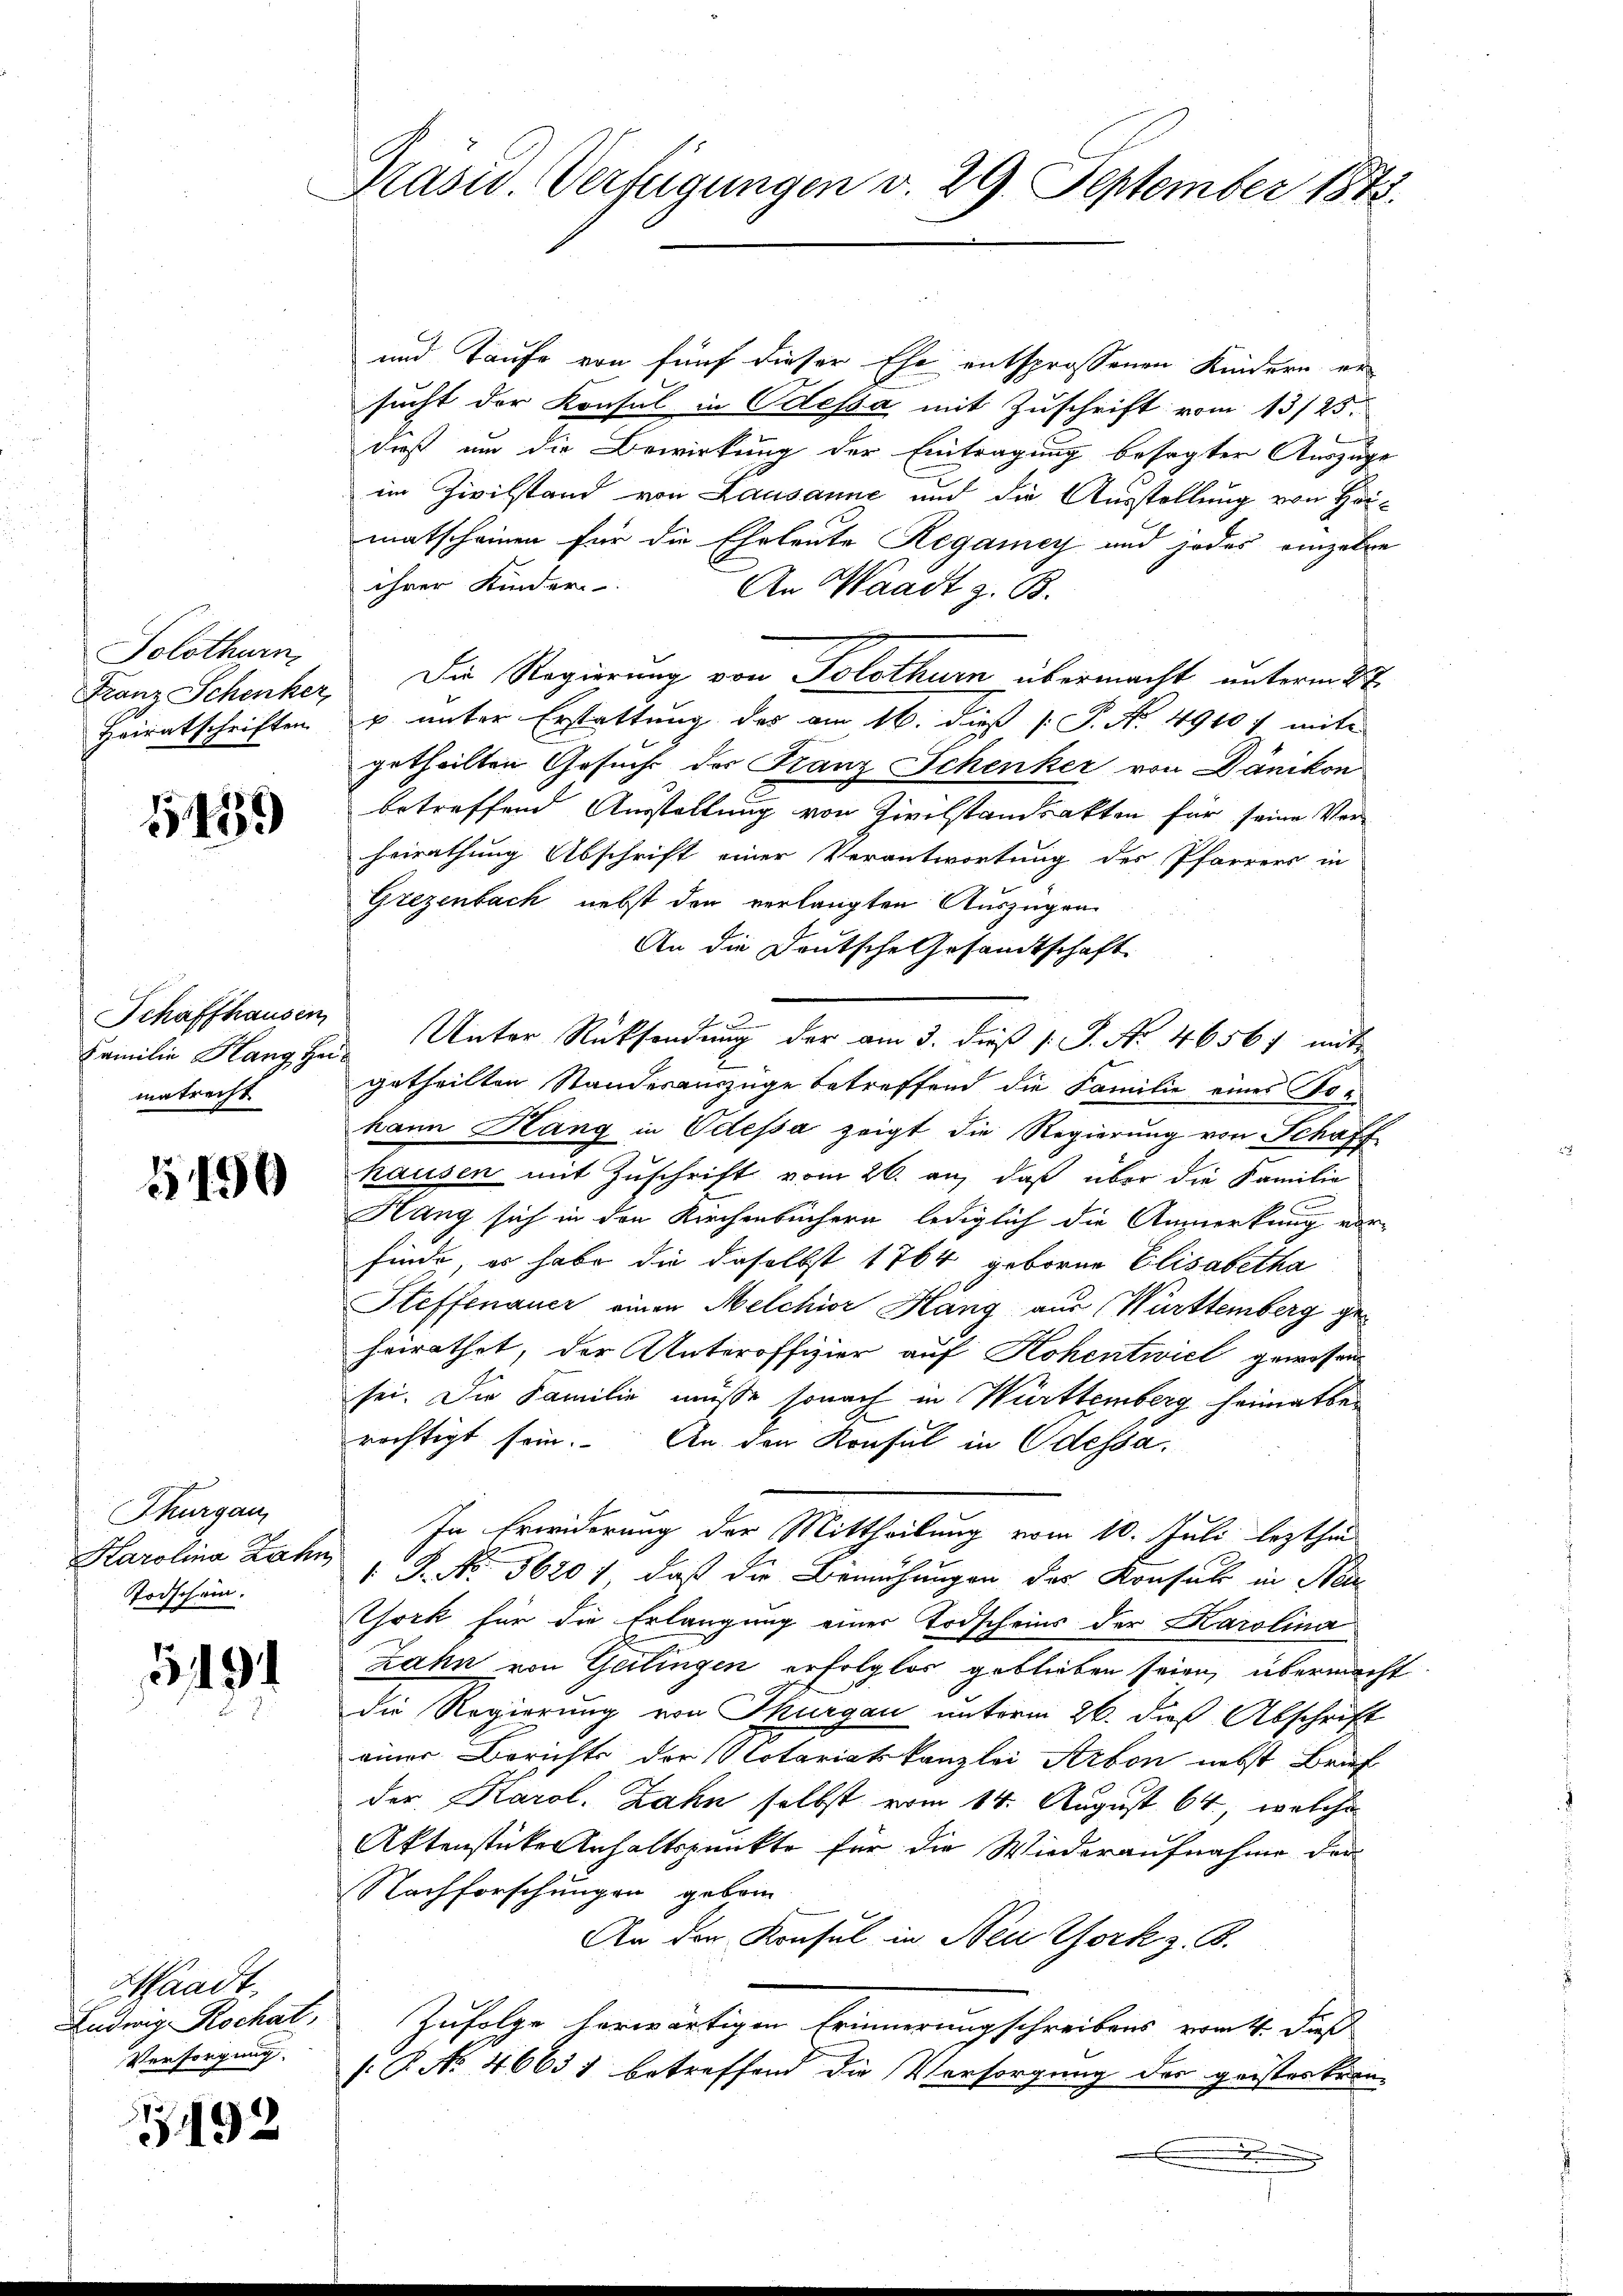
Solothurn
Heiratschriften

5439

Schaffhausen
matrecht

1196

Thurgau,
Karolina Zahn
Todschein.

5194

Waadt.
Ludwig Rochat,
Versorgung

492

Präsid.. Verfügungen v. 29. September 1873.

und Taufe von fünf dieser Ehe entsprossenen Kindern er
sucht der Konsul in Odessa mit Zuschrift vom 13/25.
dieß um die Bewirkung der Eintragung besagter Auszuge
im Zivilstand von Lausanne und die Ausstellung von Hanmatscheinen für die Eheleute Regamey und jedes einzelre
ihrer Kinder
An Waadt z. B.
Franz Schenker, Die Regierung von Solothurn übermacht unterm 2t
u unter Erstattung des am 16. dieß P. No. 4910 f mit
getheilten Gesuch der Franz Schenker von Dänikon
betreffend Ausstellung von Zivilstandsakten für seine Verheirathung Abschrift einer Verantwortung des Pfarrers in
Grezenbach nebst den verlangten Auszügen
An die Deutsche Gesandtschaft
Familie Stang zu Unter Rücksendung der am 3. dieß v. J. No. 46561 mit
2
getheilten Standesauszüge betreffend die Familie eines Johann Hang in Odessa zeigt die Regierung von Schaff
hausen mit Zuschrift vom 26. an, daß über die Familie
Hang sich in den Kirchenbüchern lediglich die Anmerkung vor-
finde, es habe die daselbst 1764 geborne Elisabetha
Steffenauer einen Melchior Hang aus Württemberg geheirathet, der Unteroffizier auf Hohentwict gewesen
sei. Die Familie müsse sonach in Württemberg heimatberechtigt sein. An den Konsul in Odessa,
In Erwiderung der Mittheilung vom 10. Juli lezthin
1 J. No. 5620), daß die Bemühungen des Konsul in Neu
York für die Erlangung einer Todscheins der Karolina
Zahn von Geilingen erfolglos geblieben seien, übermacht
die Regierung von Thurgau unterm 26. dieß Abschrift
einer Berichts der Notariatskanzlei Arbon nebst Brief
der Karol. Zahn selbst vom 14. August 64, welche
Aktenstücke Anhaltspunkte für die Wiederaufnahme der
Nachforschungen geborn
An der Konsul in Neu York z. B.
Zufolge herwärtigen Erinnerungschreibens vom 4. daß
s: P. No 46631 betreffend die Versorgung der geisteskran¬
.